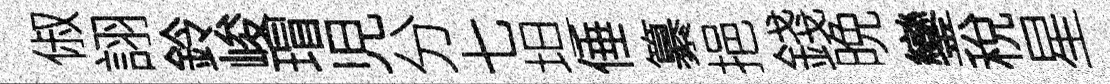
俶詡鈴峻瑁児分七坦倕纂挹錢晩鑾稅星